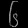
Digit: ၆